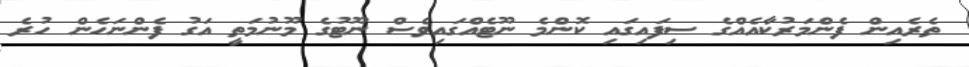
ތެރެއިން ފެންމަރުކާއެއްގެ ސިފައިގައި ކޮންމެ ނޫޓެއްގައިވެސް ނޫޓުގެ މޫނުމަތީ އަގު ފެންނަހެން ހުރެ